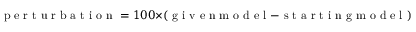
\mathrm { ~ p ~ e ~ r ~ t ~ u ~ r ~ b ~ a ~ t ~ i ~ o ~ n ~ } = 1 0 0 \times ( \mathrm { ~ g ~ i ~ v ~ e ~ n ~ m ~ o ~ d ~ e ~ l ~ } - \mathrm { ~ s ~ t ~ a ~ r ~ t ~ i ~ n ~ g ~ m ~ o ~ d ~ e ~ l ~ } ) / \mathrm { ~ s ~ t ~ a ~ r ~ t ~ i ~ n ~ g ~ m ~ o ~ d ~ e ~ l ~ }